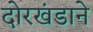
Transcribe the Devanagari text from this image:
दोरखंडाने